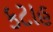
કટાહ